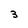
Character: 3